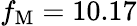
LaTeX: f_{\mathrm{M}}=10.17